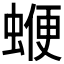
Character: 𧍲